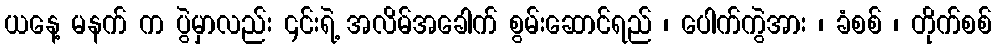
ယနေ့ မနက် က ပွဲမှာလည်း ၄င်းရဲ့ အလိမ်အခေါက် စွမ်းဆောင်ရည် ၊ ပေါက်ကွဲအား ၊ ခံစစ် ၊ တိုက်စစ်